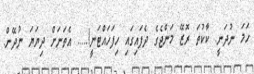
ހަމަ ނުދަނީ. ކާކުތަ ރޮޒޭ މަންޖެގެ ދެފައިގައި ހިފަހައްޓަނީ!..... އެތަނަށް ދިޔަޔަ ނުދޭން.